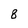
Character: 8